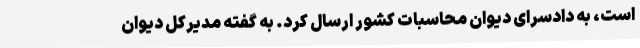
است، به دادسرای دیوان محاسبات کشور ارسال کرد. به گفته مدیرکل دیوان